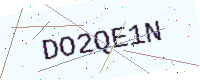
Text: DO2QE1N